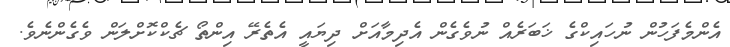
އެންމެފަހުން ނުހައިކްގެ ޚަބަރެއް ނުވެގެން އެދިމާއަށް ދިޔައީ އެތެރޭ އިންތޯ ޗެކްކޮށްލަން ވެގެންނެވެ.